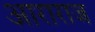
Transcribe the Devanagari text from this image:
आराराज